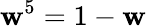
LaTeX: \mathbf{w}^{5}=1-\mathbf{w}